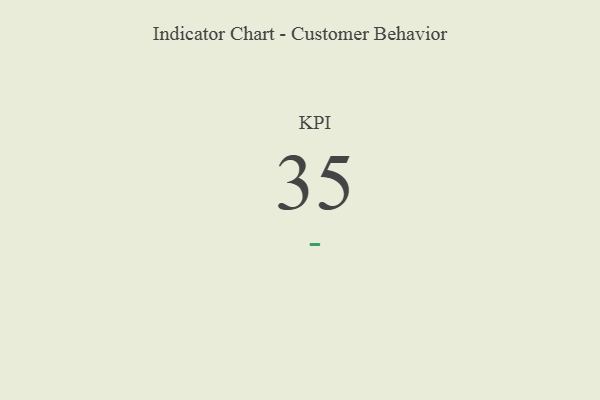
{"axis": {"x": "KPI", "y": "Value"}, "legend": [""], "data": [{"x": "KPI", "y": 35, "type": ""}]}